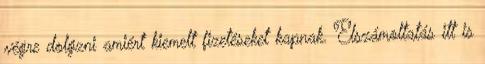
végre dolgzni amiért kiemelt fizetéseket kapnak. Elszámoltatás itt is